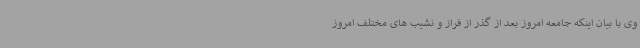
وی با بیان اینکه جامعه امروز بعد از گذر از فراز و نشیب های مختلف امروز